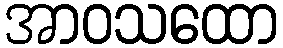
အာဝသထော